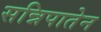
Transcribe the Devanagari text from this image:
सन्निपातेन